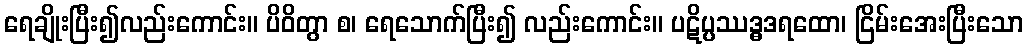
ရေချိုးပြီး၍လည်းကောင်း။ ပိဝိတွာ စ၊ ရေသောက်ပြီး၍ လည်းကောင်း။ ပဋိပ္ပဿဒ္ဓဒရထော၊ ငြိမ်းအေးပြီးသော